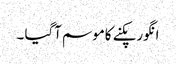
انگورپکنے کاموسم آگیا ۔